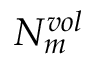
N _ { m } ^ { v o l }